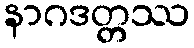
နာဂဒတ္တဿ